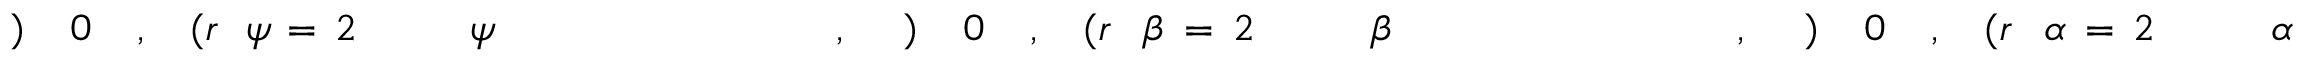
\! \! \! \! \! \! \! \! \! \! \! \alpha \! \! \! \! \! \! \! \! \! \! \! \! _ { \! } \! \! \! \! \! \! \! \! \! \! \! 2 \! \! \! \! \! \! \! \! \! \! \! \! = \! \! \! \! \! \! \! \! \! \! \! \! \alpha \! \! \! \! \! \! \! \! \! \! \! \! ( r \! \! \! \! \! \! \! \! \! \! \! \! , \! \! \! \! \! \! \! \! \! \! \! \! 0 \! \! \! \! \! \! \! \! \! \! \! \! ) \! \! \! \! \! \! \! \! \! \! \! \! , \! \! \! \! \! \! \! \! \! \! \! \! \! \! \! \! \! \! \! \! \! \! \! \! ~ \! \! \! \! \! \! \! \! \! \! \! \! ~ \! \! \! \! \! \! \! \! \! \! \! \! \! \! \! \! \! \! \! \! \! \! \! \! \beta \! \! \! \! \! \! \! \! \! \! \! \! _ { \! } \! \! \! \! \! \! \! \! \! \! \! 2 \! \! \! \! \! \! \! \! \! \! \! \! = \! \! \! \! \! \! \! \! \! \! \! \! \beta \! \! \! \! \! \! \! \! \! \! \! \! ( r \! \! \! \! \! \! \! \! \! \! \! \! , \! \! \! \! \! \! \! \! \! \! \! \! 0 \! \! \! \! \! \! \! \! \! \! \! \! ) \! \! \! \! \! \! \! \! \! \! \! \! , \! \! \! \! \! \! \! \! \! \! \! \! \! \! \! \! \! \! \! \! \! \! \! \! ~ \! \! \! \! \! \! \! \! \! \! \! \! ~ \! \! \! \! \! \! \! \! \! \! \! \! \! \! \! \! \! \! \! \! \! \! \! \! \psi \! \! \! \! \! \! \! \! \! \! \! \! _ { \! } \! \! \! \! \! \! \! \! \! \! \! 2 \! \! \! \! \! \! \! \! \! \! \! \! = \! \! \! \! \! \! \! \! \! \! \! \! \psi \! \! \! \! \! \! \! \! \! \! \! \! ( r \! \! \! \! \! \! \! \! \! \! \! \! , \! \! \! \! \! \! \! \! \! \! \! \! 0 \! \! \! \! \! \! \! \! \! \! \! \! ) \! \! \! \! \! \! \! \! \! \! \!